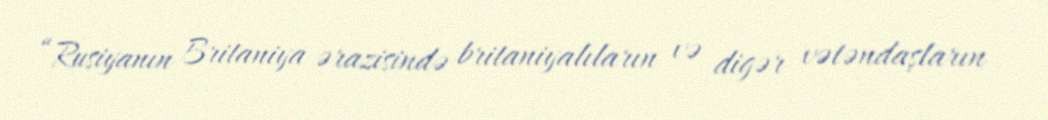
“Rusiyanın Britaniya ərazisində britaniyalıların və digər vətəndaşların